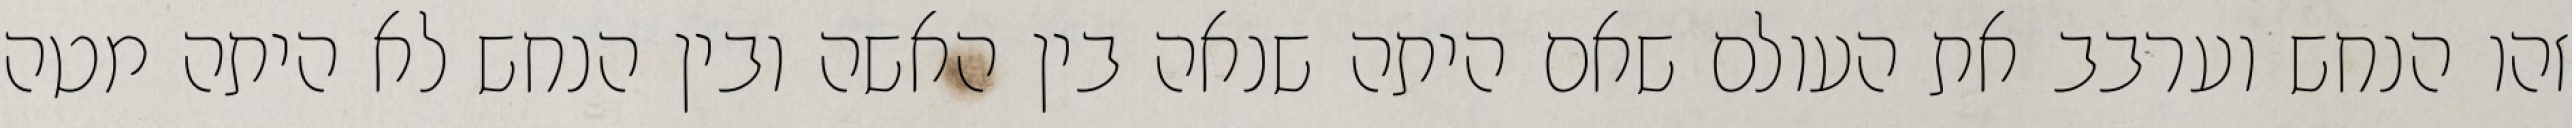
זהו הנחש וערבב את העולם שאם היתה שנאה בין האשה ובין הנחש לא היתה מטה